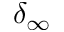
\delta _ { \infty }